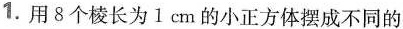
1. 用8个棱长为1cm的小正方体摆成不同的